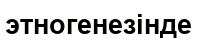
этногенезінде